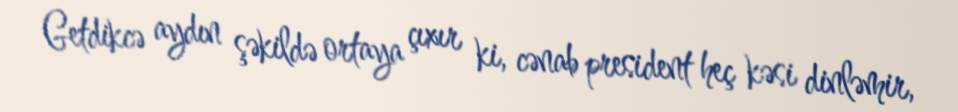
Getdikcə aydın şəkildə ortaya çıxır ki, cənab president heç kəsi dinləmir,